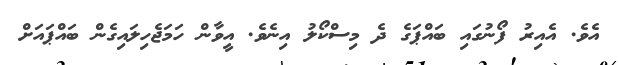
އެވެ. އެއިރު ފޯނުގައި ބައްޕަގެ ދެ މިސްކޯލު އިނެވެ. އީވާން ހަމަޖެހިލައިގެން ބައްޕައަށް